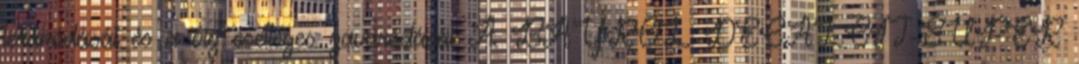
lerakódását és a víz esetleges zavarodását A BAYROL DECALCIT-SUPER